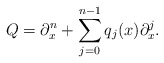
\begin{align*} Q=\partial^n_x+\sum\limits_{j=0}^{n-1}q_{j}(x)\partial^j_x.\end{align*}